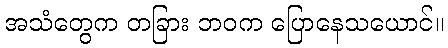
အသံတွေက တခြား ဘဝက ပြောနေသယောင်။